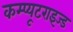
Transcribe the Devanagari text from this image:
कम्प्यूटराइज्ड